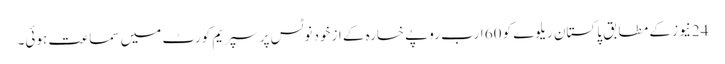
24نیوز کے مطابق پاکستان ریلوے کو 60 ارب روپے خسارہ کے ازخود نوٹس پر سپریم کورٹ میں سماعت ہوئی۔